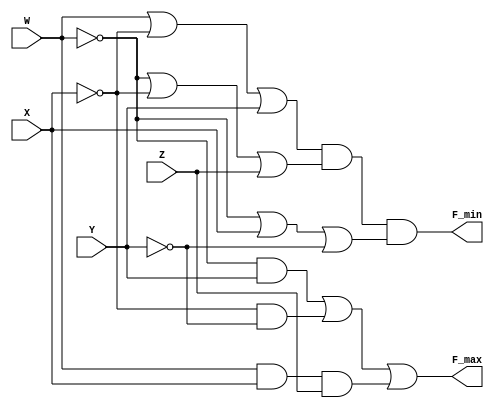
// Alarm Behavioral Code
//Question 2
//Lillian Tucker, EECE 235

module hw6_struct( F_min, F_max, W,X,Y,Z ) ;

  input W,X,Y,Z ; //HIGH if entry is open
  output F_min, F_max ; //Alarms when HIGH
  wire Min_OR_1, Min_OR_2, Min_OR_3    ;//Mins Outs
  wire Max_AND_1, Max_AND_2, Max_AND_3 ;//Max Wires

  //minterm
   or(Min_OR_1,  W, ~X,  Y) ;
   or(Min_OR_2, ~W, ~X,  Z) ;
   or(Min_OR_3, ~W,  X, ~Y) ;
  and(F_min, Min_OR_1, Min_OR_2, Min_OR_3) ;

  //maxterm
  and(Max_AND_1, ~W,  Y) ;
  and(Max_AND_2, ~X, ~Y) ;
  and(Max_AND_3,  W,  X, Z) ;
   or(F_max, Max_AND_1, Max_AND_2, Max_AND_3) ;

endmodule